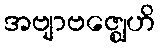
အဗျာဗဇ္ဈေဟိ